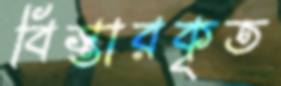
বিস্তারকৃত